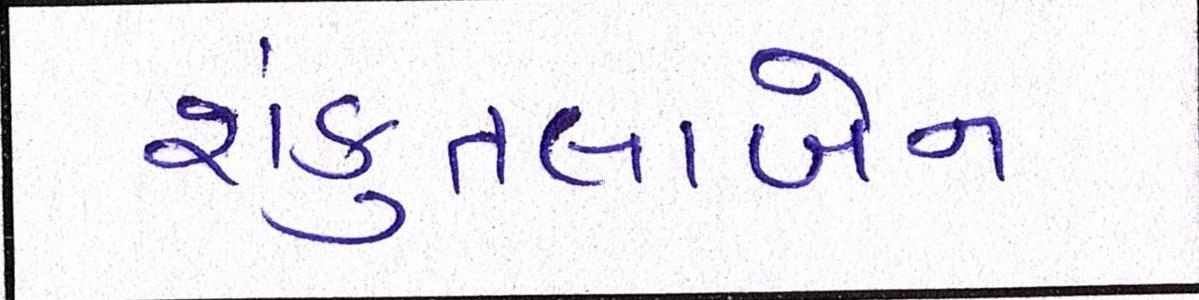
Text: શંકુતલાબેન